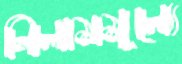
নিলামমূল্যে